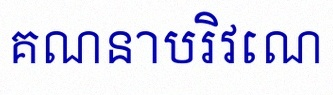
គណនាបរិវេណ